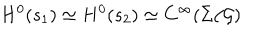
H ^ { 0 } ( s _ { 1 } ) \simeq H ^ { 0 } ( s _ { 2 } ) \simeq C ^ { \infty } ( \Sigma / { \cal G } )